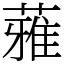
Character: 蕥